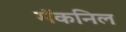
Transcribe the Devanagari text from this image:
मॅकनिल